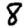
Digit: 8